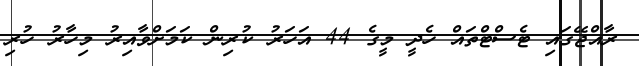
ރާއްޖޭގައި ޓެސްޓްތައް ހެދީ މީގެ 44 އަހަރު ކުރިން ކަމަށްވާއިރު މިހާރު ހުރި